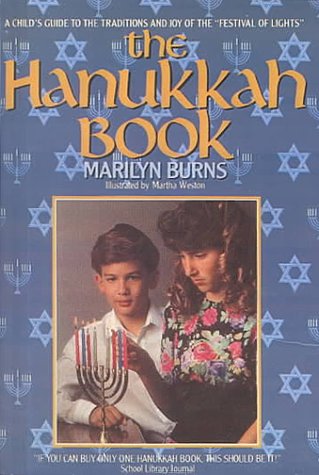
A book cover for The Hanukkah Book; Marilyn Burns; Teen & Young Adult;